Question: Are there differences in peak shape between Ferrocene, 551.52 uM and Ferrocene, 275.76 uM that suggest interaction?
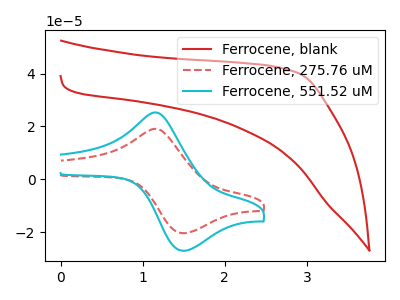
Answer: <think>The red curve "Ferrocene, blank" has no peaks. The red dashed curve "Ferrocene, 275.76 uM" has an anodic peak at (1.20V, 18.95uA) and a cathodic peak at (1.50V, -20.45uA). The cyan curve "Ferrocene, 551.52 uM" has an anodic peak at (1.20V, 25.15uA) and a cathodic peak at (1.50V, -27.10uA).
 All the peaks in "Ferrocene, 551.52 uM" have a peak in "Ferrocene, 275.76 uM" at the same potential. Every peak in "Ferrocene, 551.52 uM" is higher than every peak in "Ferrocene, 275.76 uM".</think>
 <answer>No, "Ferrocene, 551.52 uM" and "Ferrocene, 275.76 uM" don't appear to be significantly different in shape</answer>
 <eval>no_change</eval>